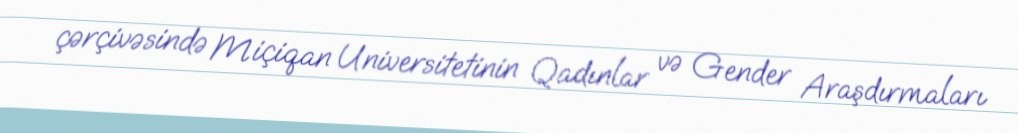
çərçivəsində Miçiqan Universitetinin Qadınlar və Gender Araşdırmaları